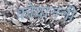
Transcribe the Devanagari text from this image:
कोवाननी